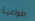
طواعية